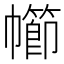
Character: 幯